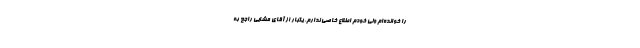
را خوانده‌ام ولی خودم اطلاع خاصی ندارم. یکبار از آقای مشایی راجع به